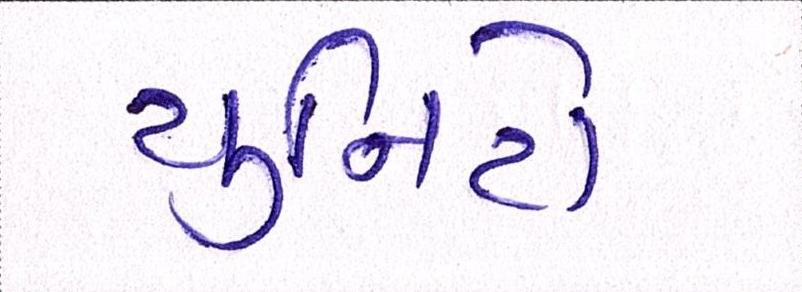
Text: યુનિટો